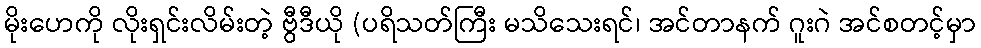
မိုးဟေကို လိုးရှင်းလိမ်းတဲ့ ဗွီဒီယို (ပရိသတ်ကြီး မသိသေးရင်၊ အင်တာနက် ဂူးဂဲ အင်စတင့်မှာ